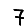
Digit: 7